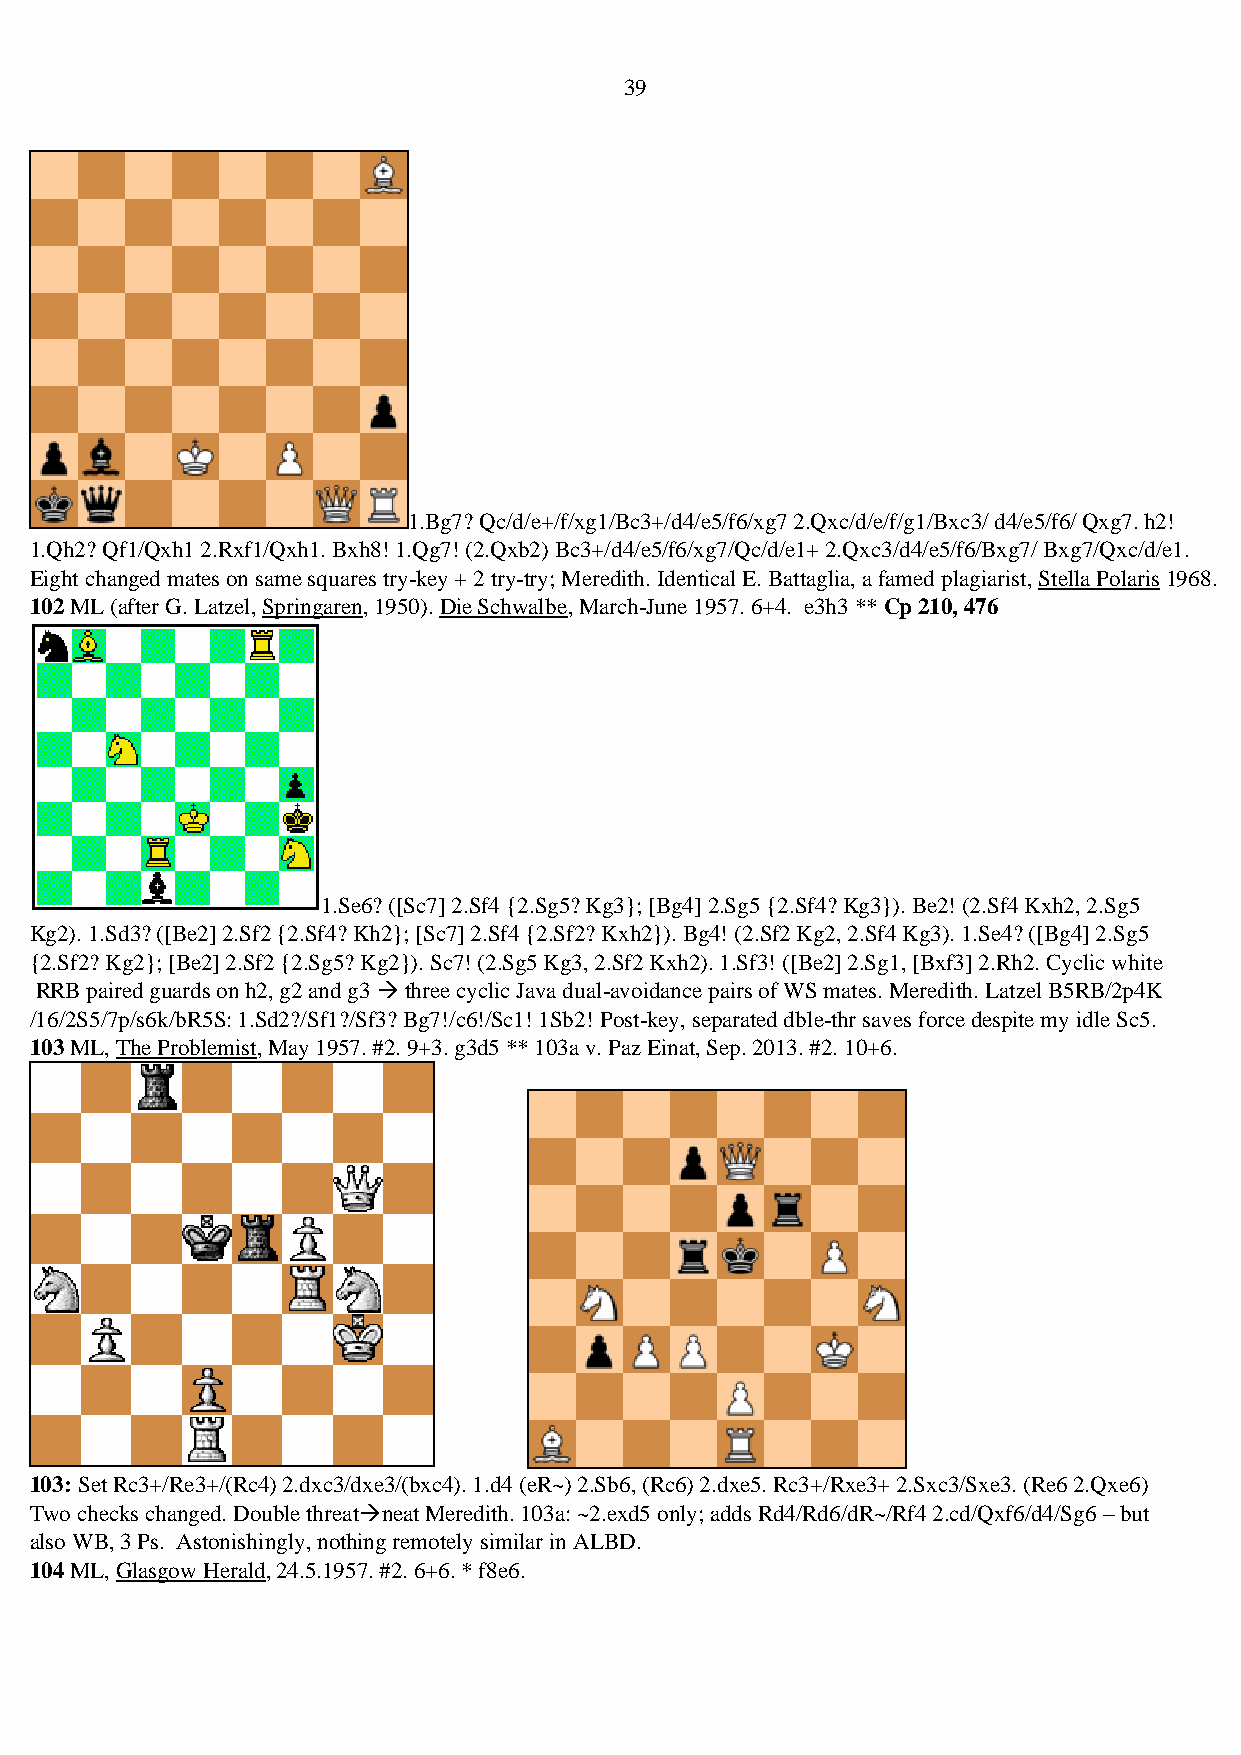
39
 1.Bg7? Qc/d/e+/f/xg1/Bc3+/d4/e5/f6/xg7 2.Qxc/d/e/f/g1/Bxc3/ d4/e5/f6/ Qxg7. h2!
 1.Qh2? Qf1/Qxh1 2.Rxf1/Qxh1. Bxh8! 1.Qg7! (2.Qxb2) Bc3+/d4/e5/f6/xg7/Qc/d/e1+ 2.Qxc3/d4/e5/f6/Bxg7/ Bxg7/Qxc/d/e1.
 Eight changed mates on same squares try-key + 2 try-try; Meredith. Identical E. Battaglia, a famed plagiarist, Stella Polaris 1968.
 102 ML (after G. Latzel, Springaren, 1950). Die Schwalbe, March-June 1957. 6+4. e3h3 ** Cp 210, 476
 1.Se6? ([Sc7] 2.Sf4 {2.Sg5? Kg3}; [Bg4] 2.Sg5 {2.Sf4? Kg3}). Be2! (2.Sf4 Kxh2, 2.Sg5
 Kg2). 1.Sd3? ([Be2] 2.Sf2 {2.Sf4? Kh2}; [Sc7] 2.Sf4 {2.Sf2? Kxh2}). Bg4! (2.Sf2 Kg2, 2.Sf4 Kg3). 1.Se4? ([Bg4] 2.Sg5
 {2.Sf2? Kg2}; [Be2] 2.Sf2 {2.Sg5? Kg2}). Sc7! (2.Sg5 Kg3, 2.Sf2 Kxh2). 1.Sf3! ([Be2] 2.Sg1, [Bxf3] 2.Rh2. Cyclic white
 RRB paired guards on h2, g2 and g3 → three cyclic Java dual-avoidance pairs of WS mates. Meredith. Latzel B5RB/2p4K
 /16/2S5/7p/s6k/bR5S: 1.Sd2?/Sf1?/Sf3? Bg7!/c6!/Sc1! 1Sb2! Post-key, separated dble-thr saves force despite my idle Sc5.
 103 ML, The Problemist, May 1957. #2. 9+3. g3d5 ** 103a v. Paz Einat, Sep. 2013. #2. 10+6.
 103: Set Rc3+/Re3+/(Rc4) 2.dxc3/dxe3/(bxc4). 1.d4 (eR~) 2.Sb6, (Rc6) 2.dxe5. Rc3+/Rxe3+ 2.Sxc3/Sxe3. (Re6 2.Qxe6)
 Two checks changed. Double threat→neat Meredith. 103a: ~2.exd5 only; adds Rd4/Rd6/dR~/Rf4 2.cd/Qxf6/d4/Sg6 – but
 also WB, 3 Ps. Astonishingly, nothing remotely similar in ALBD.
 104 ML, Glasgow Herald, 24.5.1957. #2. 6+6. * f8e6.